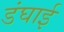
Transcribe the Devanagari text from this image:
डंघाई